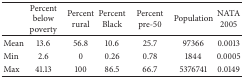
<table><thead><tr><td><b> </b></td><td><b>Percent belowpoverty</b></td><td><b>Percentrural</b></td><td><b>PercentBlack</b></td><td><b>Percentpre-50</b></td><td><b>Population</b></td><td><b>NATA2005</b></td></tr></thead><tbody><tr><td>Mean</td><td>13.6</td><td>56.8</td><td>10.6</td><td>25.7</td><td>97366</td><td>0.0013</td></tr><tr><td>Min</td><td>2.6</td><td>0</td><td>0.26</td><td>0.78</td><td>1844</td><td>0.0005</td></tr><tr><td>Max</td><td>41.13</td><td>100</td><td>86.5</td><td>66.7</td><td>5376741</td><td>0.0149</td></tr></tbody></table>